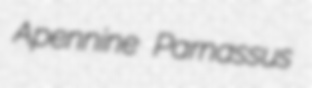
Apennine Parnassus